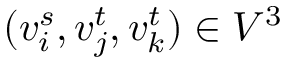
( v _ { i } ^ { s } , v _ { j } ^ { t } , v _ { k } ^ { t } ) \in V ^ { 3 }